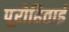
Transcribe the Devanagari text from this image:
पूरोहिताई